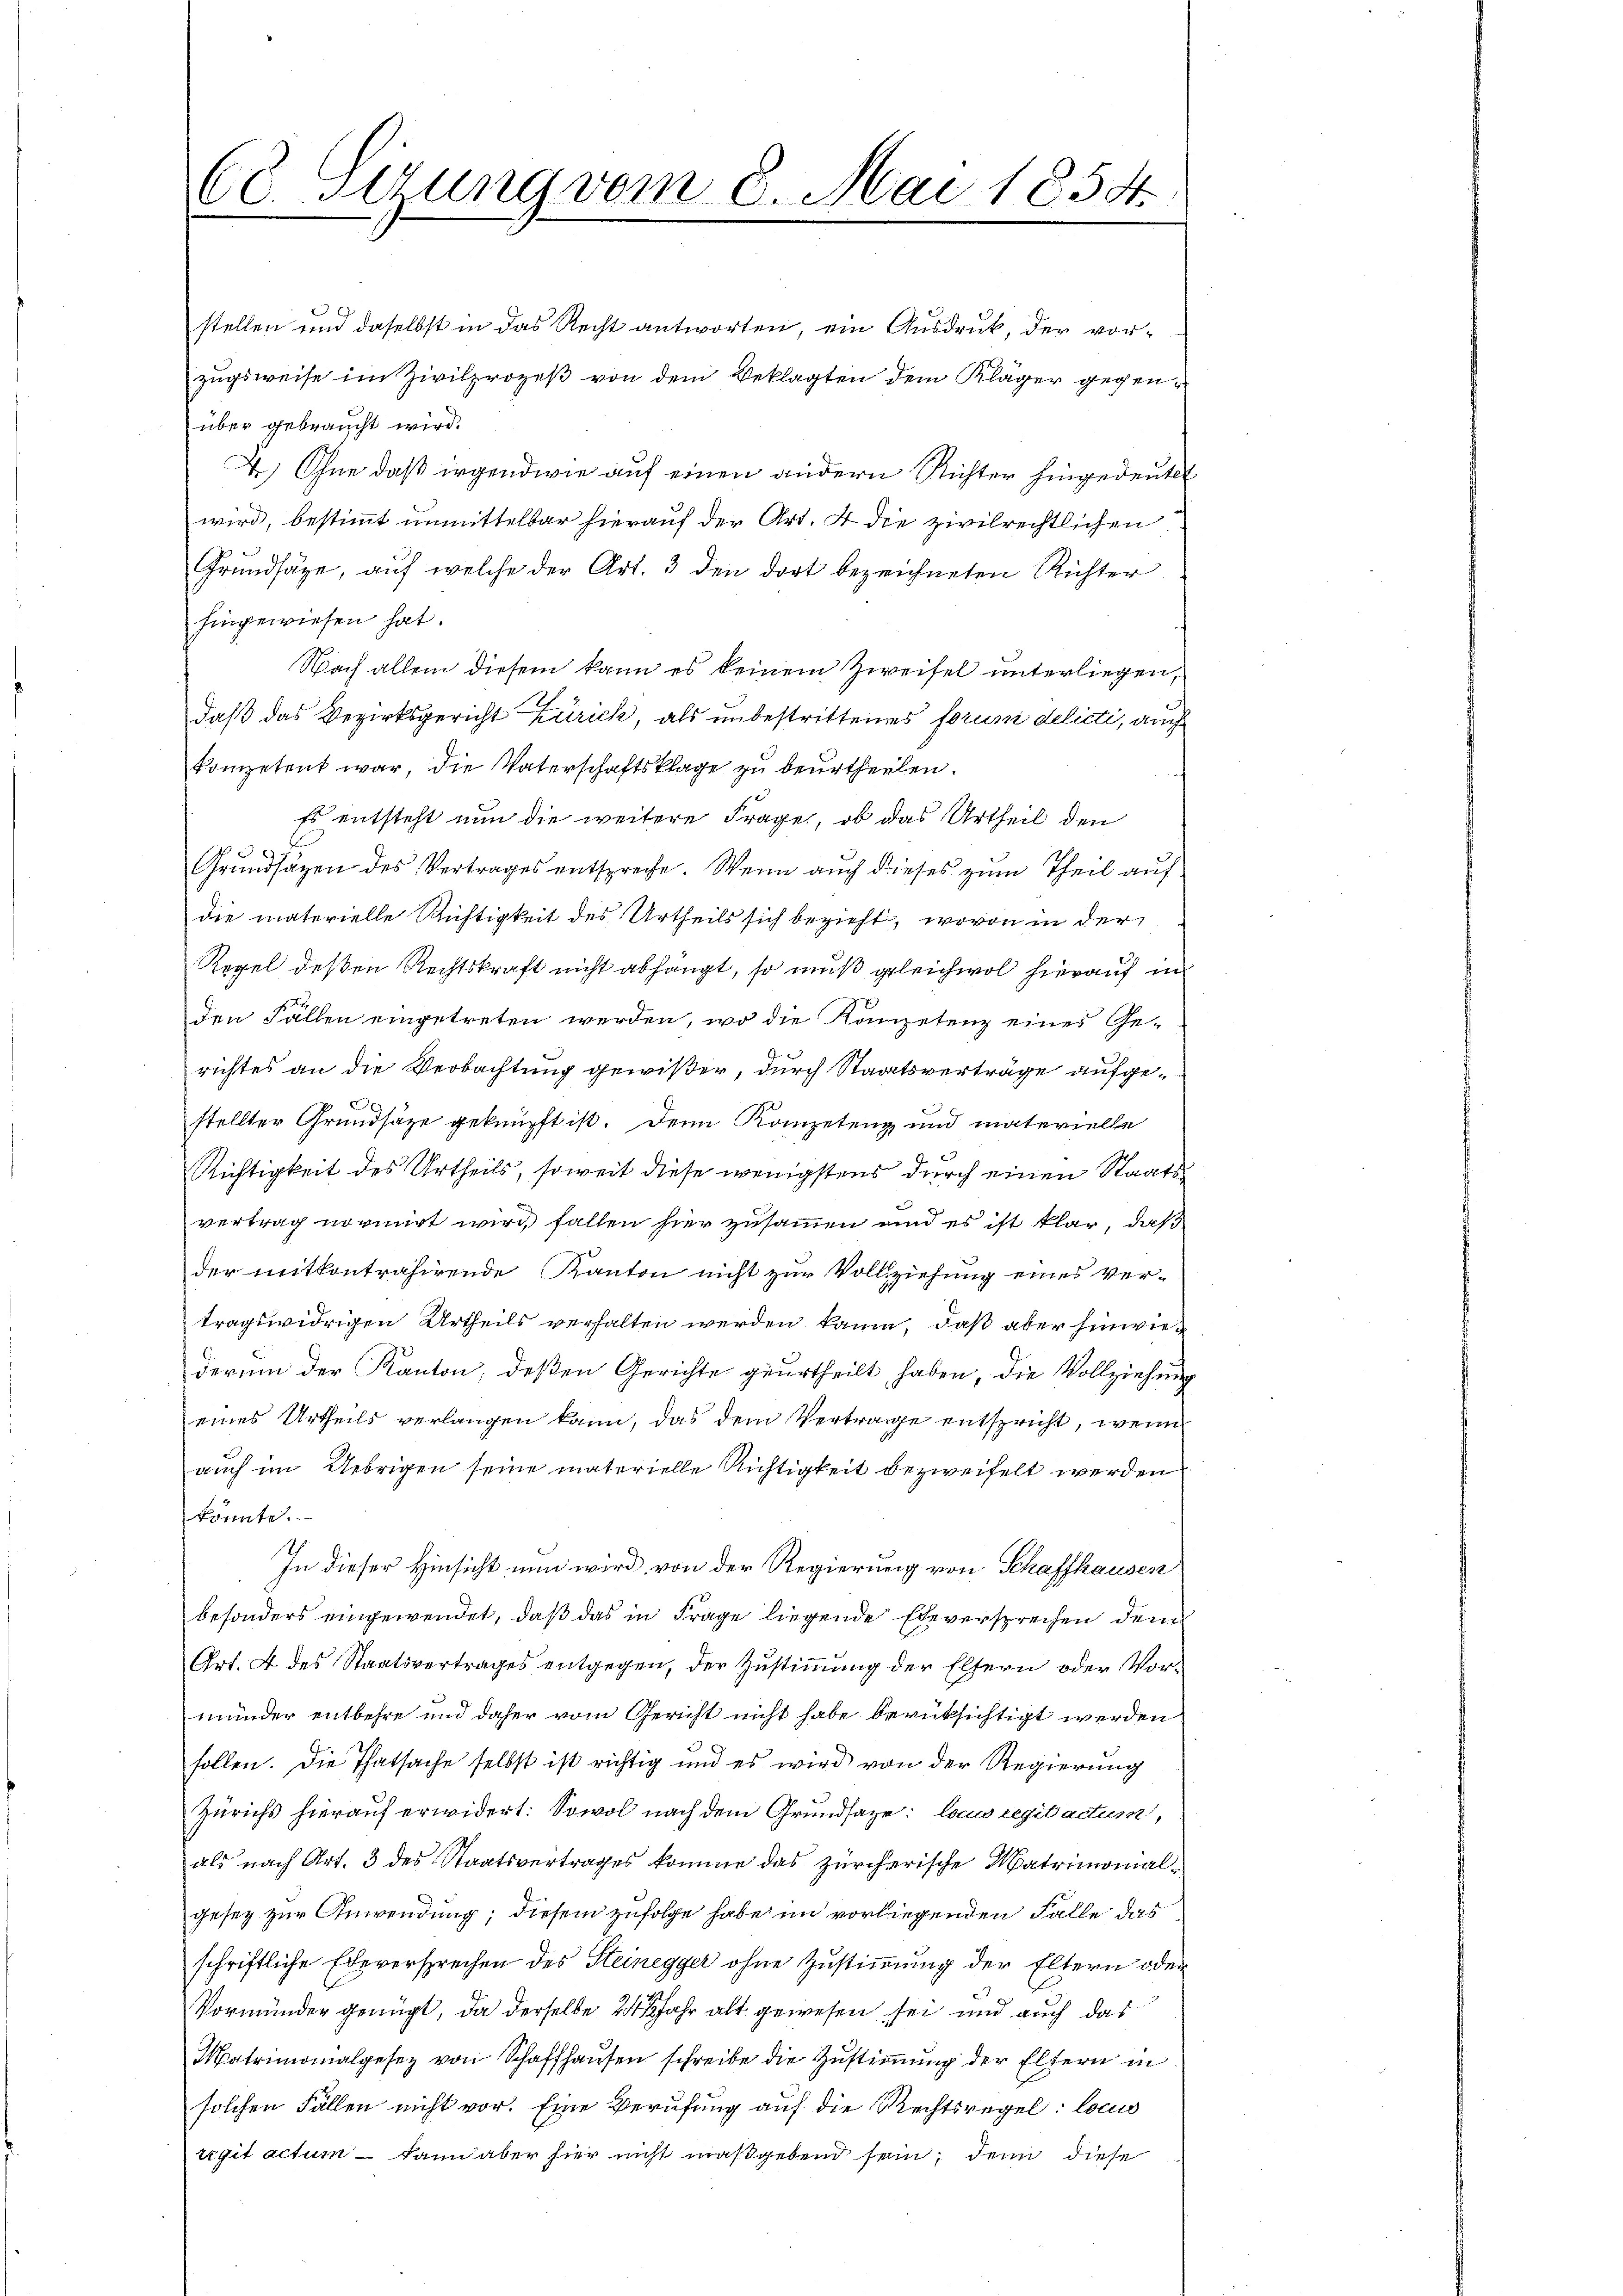
60. Sezung vom 8. Mai 1858.

stellen und daselbst in das Recht antworten, ein Ausdruck, der vorzugsweise im Zivilprozeß von dem Beklagten dem Kläger gegenüber gebraucht wird.
4.) Ohne daß irgendwie auf einen andern Richter hingedeutet
wird, bestimmt unmittelbar hierauf der Art. 4 die zivilrechtlichen
Grundsäge, auf welche der Art. 3 den dort bezeichneten Richter
hingewiesen hat.
Nach allein diesem kann es keinem Zweifel unterliegen,
daß das Bezirksgericht Zürich, als unbestrittenes forum delicti, auch
kompetent war, die Vaterschaftsklage zu beurtheilen.
Es entsteht nun die weitere Frage, ob das Urtheil den
Grundsägen des Vertrages entspreche. Wenn auch dieses zum Theil auf
die materielle Richtigkeit des Urtheils sich bezieht, wovon in der
Regel deßen Rechtskraft nicht abhängt, so muß geleichwol hierauf im
den Fällen eingetreten werden, wo die Kompetenz eines Ge-
richtes an die Verbachtung gewißer, durch Staatsverträge aufgee
stellter Grundsätze geknüpft ist. Denn Kompetenz und materielle
Richtigkeit des Urtheils, soweit diese wenigstens durch einen Staatsvertrag normirt wird fallen hier zusammen und es ist klar, daß
der mitkontrahirende Kanton nicht zur Vollziehung eines ver-
tragswidrigen Urtheils verhalten werden kaum, daß aber hinwiederum der Kanton, deßen Gerichte geurtheilt haben, die Vollziehung
eines Urtheils verlangen kann, das dem Vertrage entspricht, wenn
auch im Uebrigen seine materielle Richtigkeit bezweifelt werden
könnte.
In dieser Hinsicht nun wird, von der Regierung von Schaffhausen
besonders eingewendet, daß das in Frage liegende Eheversprechen dem
Art. 4 des Staatsvertrages entgegen, der Zustimmung der Eltern oder Vorminder entbehre und daher vom Gericht nicht habe berüksichtigt werden
follen. Die Thatsache selbst ist richtig und es wird von der Regierung
Zürichs hierauf erwidert: Sowol nach dem Grundsaze: locus regis actum,
als nach Art. 3 des Staatsvertrages komme das zürcherische Matrimonialgesez zur Anwendung; diesem zufolge habe im vorliegenden Falle das
schriftliche Eheversprechen des Steinegger ohne Zustimmung der Eltern oder
Vormunder genügt, da derselbe 2 Jahr alt gewesen sei und auch das
Matrimonialgesez von Schaffhausen schreibe die Zustimmung der Eltern in
solchen Fällen nicht vor. Eine Berufung auf die Rechtsregel: locu
regit actum – kann aber hier nicht maßgebend sein, denn diese